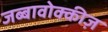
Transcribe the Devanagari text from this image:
जब्बावोक्कीज़